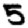
Digit: 5